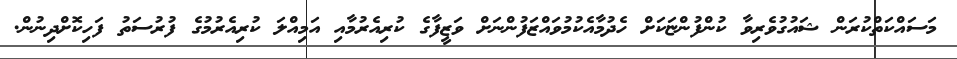
މަސައްކަތްކުރަން ޝައުގުވެރިވާ ކުންފުންޏަކަށް ހެދުމާއެކުމުވައްޒަފުންނަށް ވަޒީފާގެ ކުރިއެރުމާއި އަމިއްލަ ކުރިއެރުމުގެ ފުރުސަތު ފަހިކޮށްދިނުން.